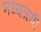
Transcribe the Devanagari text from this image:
मध्यत्रयी